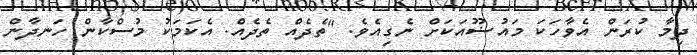
ދިމާ ކުރަން އެވާހަކަ މައުޟޫއަކަށް ނެގިއެވެ. "ތެދެއް ތެދެއް. އެކަމަކު މުސްކާން ހަނދާން